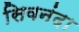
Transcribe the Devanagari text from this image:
सिवनंदा